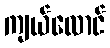
ကျယ်လောင်